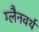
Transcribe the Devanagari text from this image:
ग्लैनवर्थ